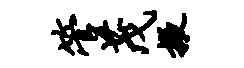
管茂掖